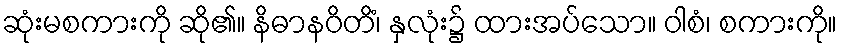
ဆုံးမစကားကို ဆို၏။ နိဓာနဝိတိံ၊ နှလုံး၌ ထားအပ်သော။ ဝါစံ၊ စကားကို။